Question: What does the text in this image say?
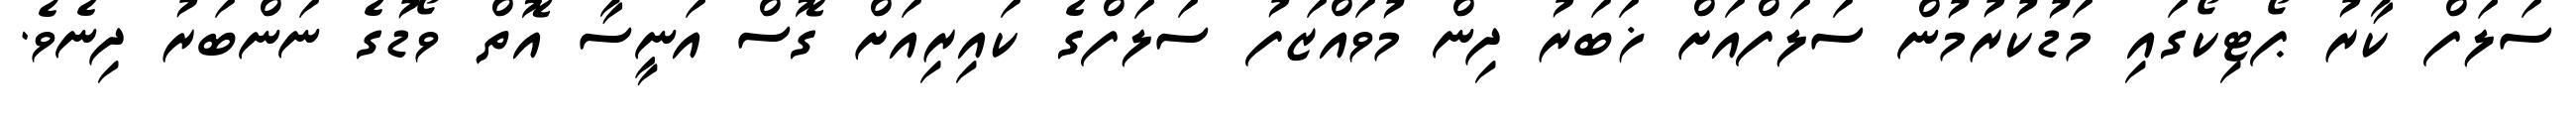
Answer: ސަލަފް ކާރު ޕޯޓިކޯގައި މަޑުކުރުމުން ސަލަފްއަށް ޚަބަރު ދިން މުވައްޒަފު ސަލަފްގެ ކައިރިއަށް ގޮސް އަނީސާ އޮތް ވޯޑުގެ ނަންބަރު ދިނެވެ.